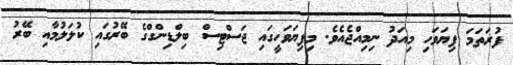
ފުރަތަމަ ފިޔަވަހި މިއަދު ނިމިއްޖެއެވެ. މިފިޔަވަހީގައި ޖަސްޓިސް ބިލްޑިންގްގެ ބޭރުގައި ކުލަލުމާއި ބޭރު